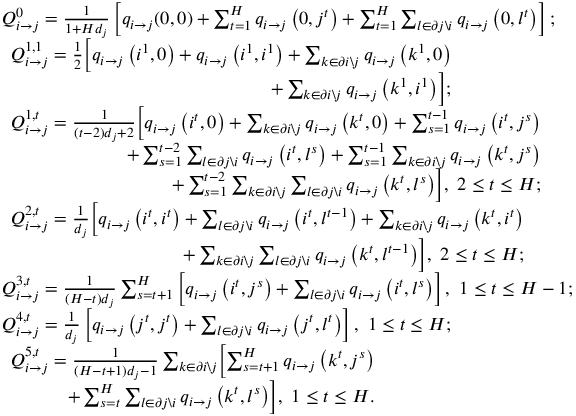
\begin{array} { r l } & { Q _ { i \rightarrow j } ^ { 0 } = \frac { 1 } { 1 + H d _ { j } } \left[ q _ { i \rightarrow j } ( 0 , 0 ) + \sum _ { t = 1 } ^ { H } q _ { i \rightarrow j } \left( 0 , j ^ { t } \right) + \sum _ { t = 1 } ^ { H } \sum _ { l \in \partial j \backslash i } q _ { i \rightarrow j } \left( 0 , l ^ { t } \right) \right] ; } \\ & { \begin{array} { r l } { Q _ { i \rightarrow j } ^ { 1 , 1 } = \frac { 1 } { 2 } \Bigl [ q _ { i \rightarrow j } \left( i ^ { 1 } , 0 \right) + q _ { i \rightarrow j } \left( i ^ { 1 } , i ^ { 1 } \right) + \sum _ { k \in \partial i \backslash j } q _ { i \rightarrow j } \left( k ^ { 1 } , 0 \right) } & { } \\ { + \sum _ { k \in \partial i \backslash j } q _ { i \rightarrow j } \left( k ^ { 1 } , i ^ { 1 } \right) \Bigr ] ; } & { } \end{array} } \\ & { \begin{array} { r l } { Q _ { i \rightarrow j } ^ { 1 , t } = \frac { 1 } { ( t - 2 ) d _ { j } + 2 } \Bigl [ q _ { i \rightarrow j } \left( i ^ { t } , 0 \right) + \sum _ { k \in \partial i \backslash j } q _ { i \rightarrow j } \left( k ^ { t } , 0 \right) + \sum _ { s = 1 } ^ { t - 1 } q _ { i \rightarrow j } \left( i ^ { t } , j ^ { s } \right) } & { } \\ { + \sum _ { s = 1 } ^ { t - 2 } \sum _ { l \in \partial j \backslash i } q _ { i \rightarrow j } \left( i ^ { t } , l ^ { s } \right) + \sum _ { s = 1 } ^ { t - 1 } \sum _ { k \in \partial i \backslash j } q _ { i \rightarrow j } \left( k ^ { t } , j ^ { s } \right) } & { } \\ { + \sum _ { s = 1 } ^ { t - 2 } \sum _ { k \in \partial i \backslash j } \sum _ { l \in \partial j \backslash i } q _ { i \rightarrow j } \left( k ^ { t } , l ^ { s } \right) \Bigr ] , \ 2 \leq t \leq H ; } & { } \end{array} } \\ & { \begin{array} { r l } { Q _ { i \rightarrow j } ^ { 2 , t } = \frac { 1 } { d _ { j } } \Bigl [ q _ { i \rightarrow j } \left( i ^ { t } , i ^ { t } \right) + \sum _ { l \in \partial j \backslash i } q _ { i \rightarrow j } \left( i ^ { t } , l ^ { t - 1 } \right) + \sum _ { k \in \partial i \backslash j } q _ { i \rightarrow j } \left( k ^ { t } , i ^ { t } \right) } & { } \\ { + \sum _ { k \in \partial i \backslash j } \sum _ { l \in \partial j \backslash i } q _ { i \rightarrow j } \left( k ^ { t } , l ^ { t - 1 } \right) \Bigr ] , \ 2 \leq t \leq H ; } & { } \end{array} } \\ & { Q _ { i \rightarrow j } ^ { 3 , t } = \frac { 1 } { ( H - t ) d _ { j } } \sum _ { s = t + 1 } ^ { H } \left[ q _ { i \rightarrow j } \left( i ^ { t } , j ^ { s } \right) + \sum _ { l \in \partial j \backslash i } q _ { i \rightarrow j } \left( i ^ { t } , l ^ { s } \right) \right] , \ 1 \leq t \leq H - 1 ; } \\ & { Q _ { i \rightarrow j } ^ { 4 , t } = \frac { 1 } { d _ { j } } \left[ q _ { i \rightarrow j } \left( j ^ { t } , j ^ { t } \right) + \sum _ { l \in \partial j \backslash i } q _ { i \rightarrow j } \left( j ^ { t } , l ^ { t } \right) \right] , \ 1 \leq t \leq H ; } \\ & { \begin{array} { r l } { Q _ { i \rightarrow j } ^ { 5 , t } = \frac { 1 } { ( H - t + 1 ) d _ { j } - 1 } \sum _ { k \in \partial i \backslash j } \Bigl [ \sum _ { s = t + 1 } ^ { H } q _ { i \rightarrow j } \left( k ^ { t } , j ^ { s } \right) } & { } \\ { + \sum _ { s = t } ^ { H } \sum _ { l \in \partial j \backslash i } q _ { i \rightarrow j } \left( k ^ { t } , l ^ { s } \right) \Bigr ] , \ 1 \leq t \leq H . } & { } \end{array} } \end{array}